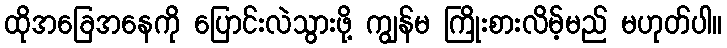
ထိုအခြေအနေကို ပြောင်းလဲသွားဖို့ ကျွန်မ ကြိုးစားလိမ့်မည် မဟုတ်ပါ။